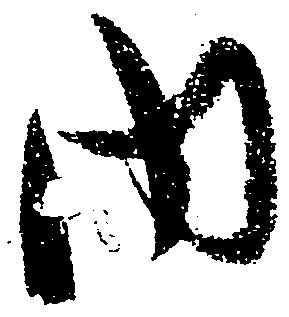
内